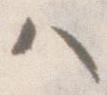
ハ